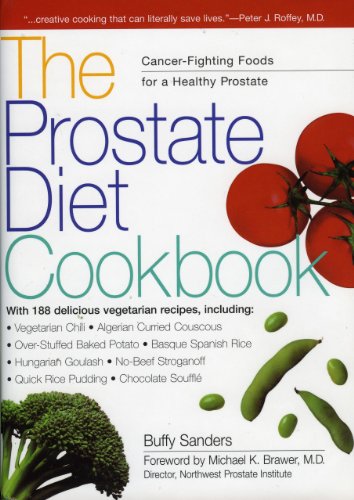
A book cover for The Prostate Diet Cookbook: Cancer-Fighting Foods for a Healthy Prostate; Buffy Sanders; Cookbooks, Food & Wine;